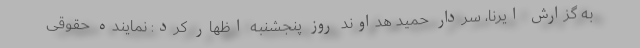
به گزارش ایرنا، سردار حمید هداوند روز پنجشنبه اظهار کرد: نماینده حقوقی